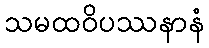
သမထဝိပဿနာနံ